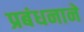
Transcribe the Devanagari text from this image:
प्रबंधनाने